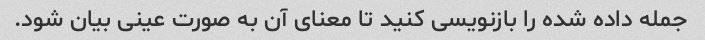
جمله داده شده را بازنویسی کنید تا معنای آن به صورت عینی بیان شود.